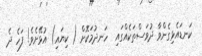
ކަނޑައެޅިގެންވާ ދުވަސްތަކެއްގައި  ހަނދުމަކޮށް ( ކިޔައި) އުޅޭށެވެ! ފަހެ ދެ